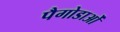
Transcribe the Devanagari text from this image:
पैगोडाओं